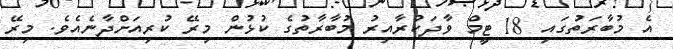
އެ މުބާރަތުގައި 18 ޓީމް ވާދަކުރާއިރު މުބާރާތުގެ ކުޅުން މިރޭ ކުރިއަށްދާނެއެވެ. މިރޭ